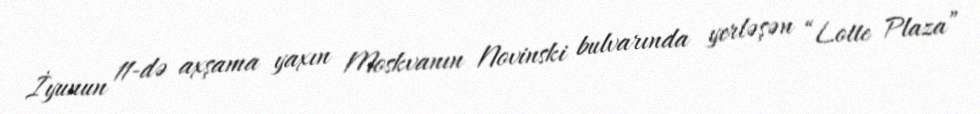
İyunun 11-də axşama yaxın Moskvanın Novinski bulvarında yerləşən “Lotte Plaza”